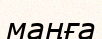
маңға